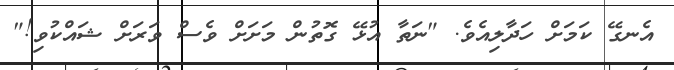
އެނގޭ ކަމަށް ހަދާލިއެވެ. "ނަތާ އުޅޭ ގޮތުން މަށަށް ވެސް ވަރަށް ޝައްކުވި!"